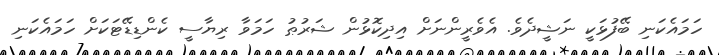
ހަމައެކަނި ބޭފުޅަކީ ނަޝީދެވެ. އެވެރީންނަށް އިދިކޮޅުން ޝަރުޠު ހަމަވާ ރިޔާސީ ކެންޑިޑޭޓަކަށް ހަމައެކަނި